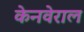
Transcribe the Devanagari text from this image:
केनवेराल